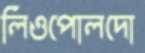
লিওপোলদো